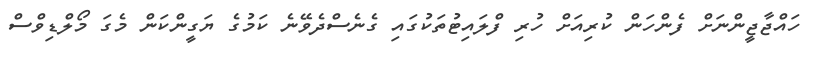
ހައްޖާޖީންނަށް ފެންހަން ކުރިއަށް ހުރި ފްލައިޓުތަކުގައި ގެނެސްދެވޭނެ ކަމުގެ ޔަގީންކަން މެގަ މޯލްޑިވްސް